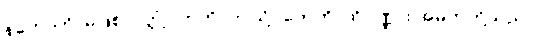
နဟောတိ၊ မဖြစ်လတ္တံ့။ ဣတိ၊ ဤသို့။ တေဟိ၊ ထိုပုဏ္ဏား အမတ်တို့သည်။